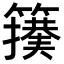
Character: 𮆢